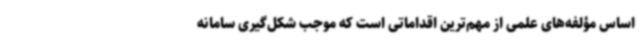
اساس مؤلفه‌های علمی از مهم‌ترین اقداماتی است که موجب شکل‌گیری سامانه